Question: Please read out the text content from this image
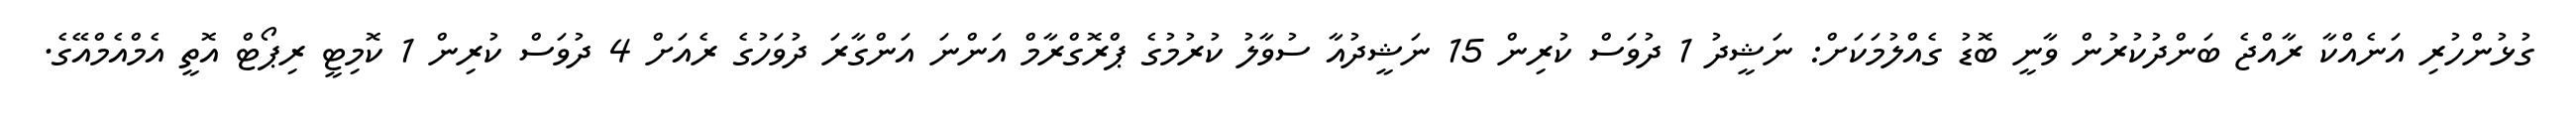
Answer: ގުޅުންހުރި އަނެއްކާ ރާއްޖެ ބަންދުކުރުން ވާނީ ބޮޑު ގެއްލުމަކަށް: ނަޝީދު 1 ދުވަސް ކުރިން 15 ނަޝީދުއާ ސުވާލު ކުރުމުގެ ޕްރޮގްރާމް އަންނަ އަންގާރަ ދުވަހުގެ ރެއަށް 4 ދުވަސް ކުރިން 1 ކޮމިޓީ ރިޕޯޓް އޮތީ އެމްއެމްއޭގެ.